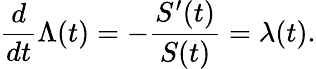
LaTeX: {\frac{d}{dt}}\Lambda(t)=-{\frac{S^{\prime}(t)}{S(t)}}=\lambda(t).